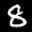
Label: 8